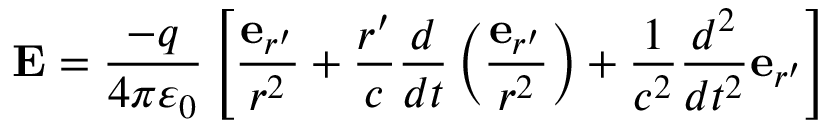
\mathbf { E } = { \frac { - q } { 4 \pi \varepsilon _ { 0 } } } \left[ { \frac { \mathbf { e } _ { r ^ { \prime } } } { r ^ { 2 } } } + { \frac { r ^ { \prime } } { c } } { \frac { d } { d t } } \left( { \frac { \mathbf { e } _ { r ^ { \prime } } } { r ^ { 2 } } } \right) + { \frac { 1 } { c ^ { 2 } } } { \frac { d ^ { 2 } } { d t ^ { 2 } } } \mathbf { e } _ { r ^ { \prime } } \right]